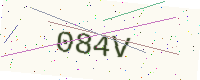
Text: 084V